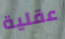
عقلية